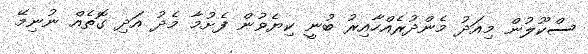
ސްކޫލުން މިއަދު މެންދުރެއްހާއިރު ބުނީ ކިޔެވުން ފެށުމާ މެދު އަދި ގޮތެއް ނުނިމޭ